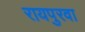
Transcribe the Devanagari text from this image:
रायपुरवा